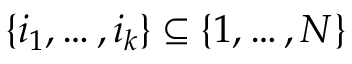
\{ i _ { 1 } , \ldots , i _ { k } \} \subseteq \{ 1 , \ldots , N \}